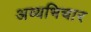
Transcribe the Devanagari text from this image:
अव्यभिचार